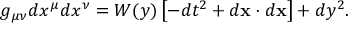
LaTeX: g _ { \mu \nu } d x ^ { \mu } d x ^ { \nu } = { \cal W } ( y ) \left[ - d t ^ { 2 } + d { \bf x } \cdot d { \bf x } \right] + d y ^ { 2 } .